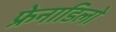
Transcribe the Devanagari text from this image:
फ्रेनाडिलो